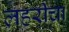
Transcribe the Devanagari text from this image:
लहरीचा